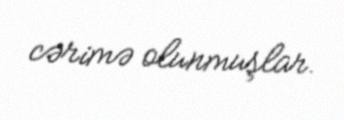
cərimə olunmuşlar.